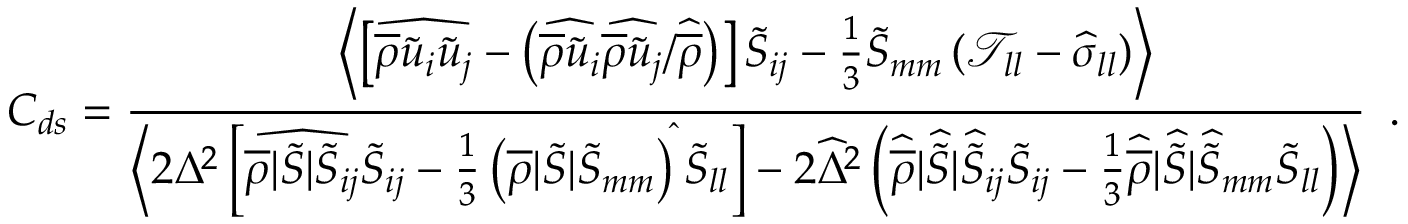
C _ { d s } = \frac { \biggl \langle \left[ \widehat { \overline { { \rho } } \tilde { u } _ { i } \tilde { u } _ { j } } - \left( \widehat { \overline { { \rho } } \tilde { u } _ { i } } \widehat { \overline { { \rho } } \tilde { u } _ { j } } / \widehat { \overline { { \rho } } } \right) \right] \tilde { S } _ { i j } - \frac { 1 } { 3 } \tilde { S } _ { m m } \left( \mathscr { T } _ { l l } - \widehat { \sigma } _ { l l } \right) \biggr \rangle } { \biggl \langle 2 { \Delta } ^ { 2 } \left[ \widehat { \overline { { \rho } } | \tilde { S } | \tilde { S } _ { i j } } \tilde { S } _ { i j } - \frac { 1 } { 3 } \left( \overline { { \rho } } | \tilde { S } | \tilde { S } _ { m m } \right) ^ { \widehat { } } \tilde { S } _ { l l } \right] - 2 \widehat { \Delta } ^ { 2 } \left( \widehat { \overline { { \rho } } } | \widehat { \tilde { S } } | \widehat { \tilde { S } } _ { i j } \tilde { S } _ { i j } - \frac { 1 } { 3 } \widehat { \overline { { \rho } } } | \widehat { \tilde { S } } | \widehat { \tilde { S } } _ { m m } \tilde { S } _ { l l } \right) \biggr \rangle } \, \mathrm { ~ . ~ }